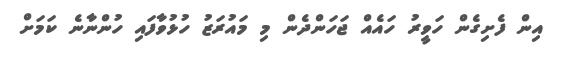
އިން ފެށިގެން ހަވީރު ހައެއް ޖަހަންދެން މި މައުރަޒު ހުޅުވާފައި ހުންނާނެ ކަމަށް